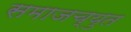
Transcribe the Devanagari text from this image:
समाजच्युत